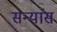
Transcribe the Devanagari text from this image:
सन्यांस